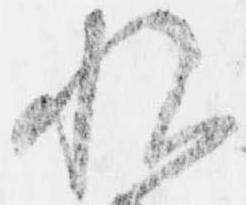
悦